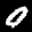
Label: 0